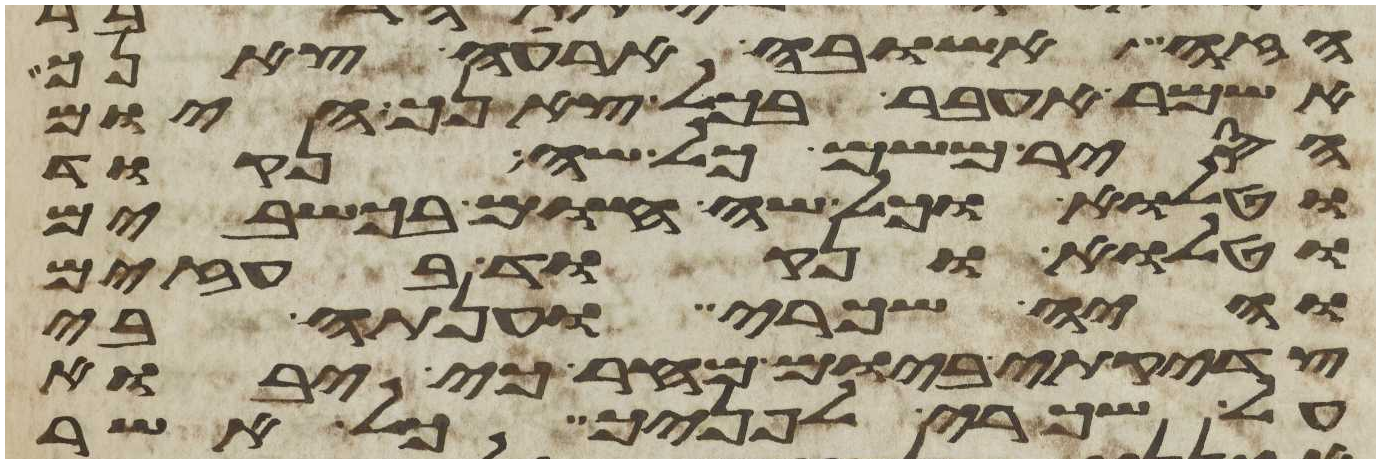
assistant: הזה אשובה ארעה צאנך
אשמר אעבר בכל צאנך היום
הסיר משם כל שה נקוד
וטלוא וכל שה חום בכשבים
וטלוא ונקוד בעזים
והיה שכרי וענתה בי
צדקתי ביום מחר כי יבוא
על שכרי לפניך כל אשר